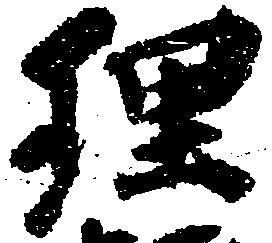
理